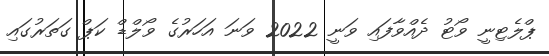
ޕްލެޓިނީ ވޯޓު ދެއްވާފައި ވަނީ 2022 ވަނަ އަހަރުގެ ވޯލްޑް ކަޕް ގަތަރުގައި